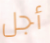
أجل